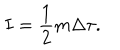
I = { \frac { 1 } { 2 } } m \Delta \tau .